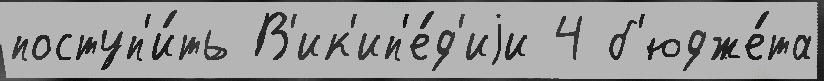
поступ'и́ть В'ик'ип'е́д'иjи 4 б'юдже́та